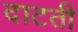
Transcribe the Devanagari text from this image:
दाटती